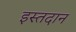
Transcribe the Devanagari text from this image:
इस्तदान